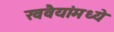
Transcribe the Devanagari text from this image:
खवैयांमध्ये